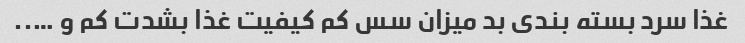
غذا سرد بسته بندی بد میزان سس کم کیفیت غذا بشدت کم و …..